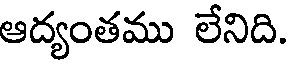
ఆద్యంతము లేనిది.